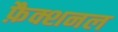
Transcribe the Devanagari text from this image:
फ़ैक्शनल